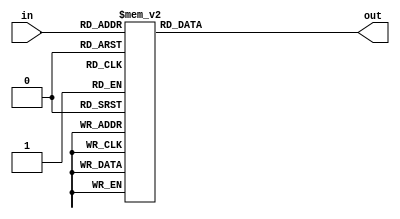
module decoder(input [2:0] in,
               output reg [7:0] out);

always @*
begin
    case(in)
        3'b000: out = 8'b00000001;
        3'b001: out = 8'b00000010;
        3'b010: out = 8'b00000100;
        3'b011: out = 8'b00001000;
        3'b100: out = 8'b00010000;
        3'b101: out = 8'b00100000;
        3'b110: out = 8'b01000000;
        3'b111: out = 8'b10000000;
        default: out = 8'b00000000;
    endcase
end

endmodule